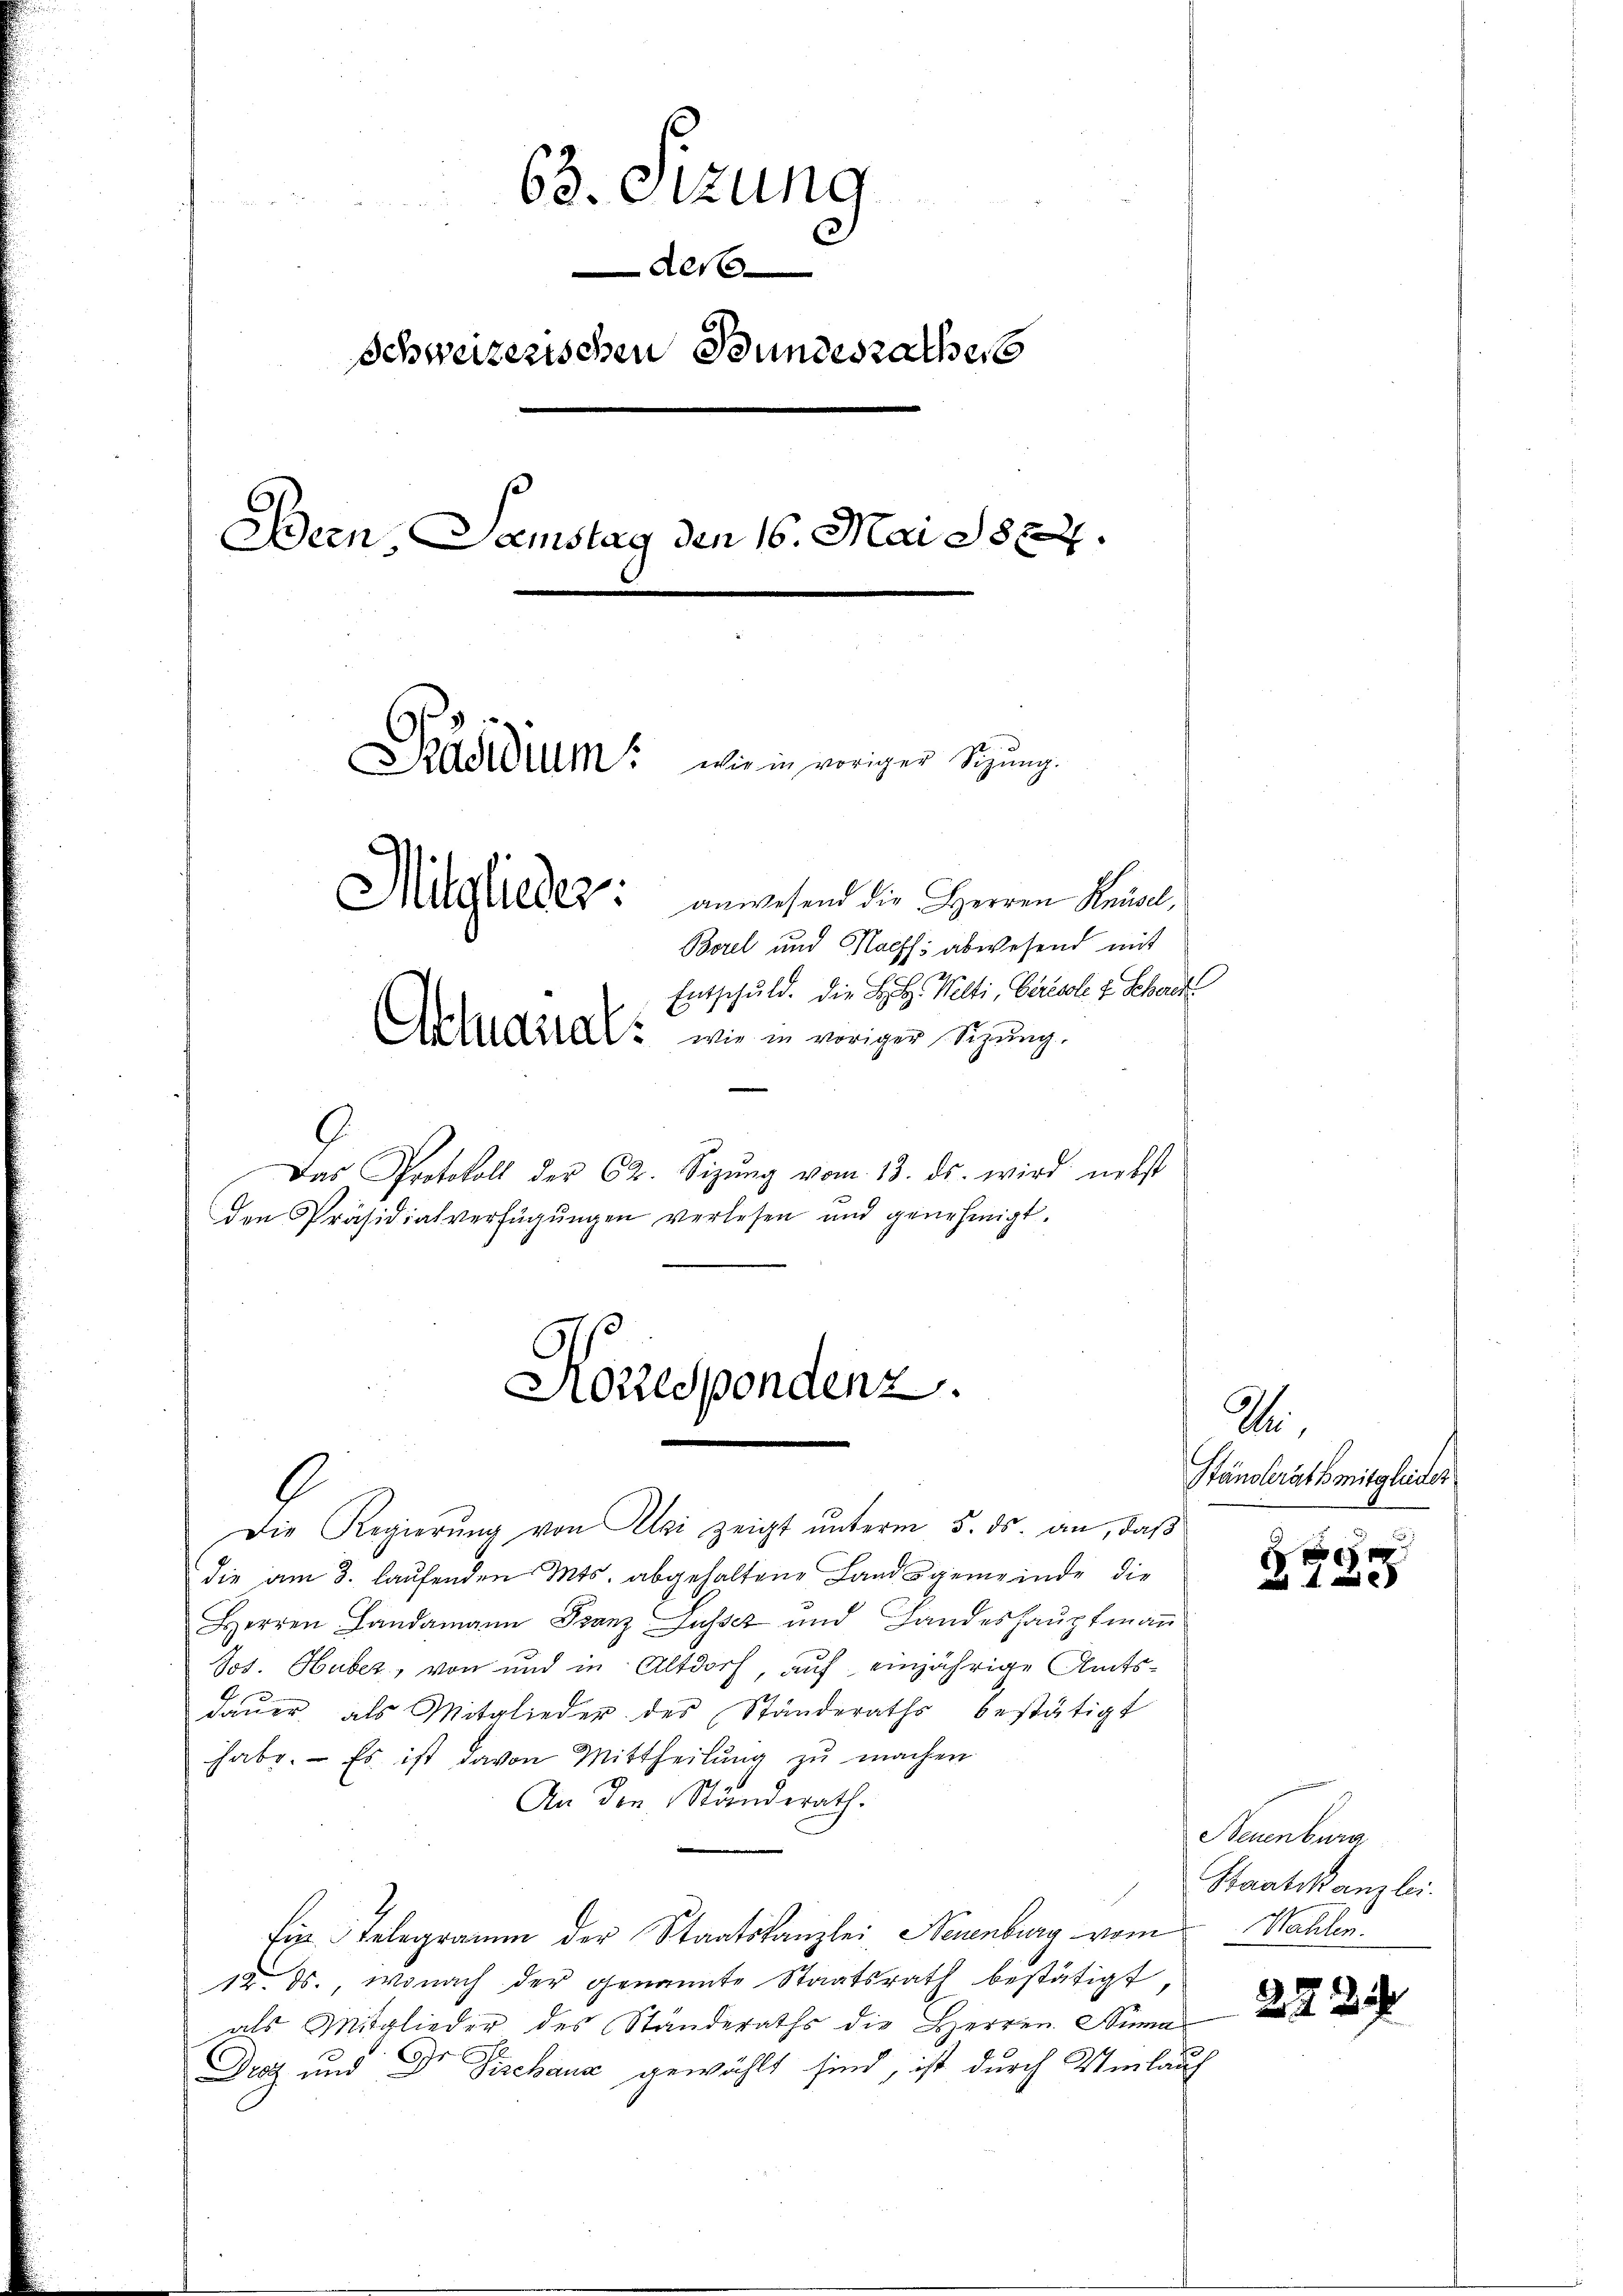
63. Sizung
der
schweizerischen Bundesrathes
Bern, Samstag den 16. Mai 1827.
Päsidium wie in voriger Sigung.
Mitglieder: anwesend die Herren Kandel¬
Borel und Kaeffs abwesend mit
Entschuld. Die B. H. Welti, Gerisole u. Schad
Akanal, wie in voriger Sitzung,
Das Protokoll der 62. Sizŭng vom 13. ds. wird nebst
den Präsidialverfügŭngen verlesen und genehmigt.

Korrespondenz.

Die Regierung von Uri zeigt unterm 5. ds. an, daß
die am 3. laufenden Mts. abgehaltene Landsgemeinde die
Herren Landammann Franz Gusset und Landeshauptmann
Jos. Huber, von und in Altdorf auf einjährige Amtsdaŭer als Mitglieder des Standeraths bestätigt
habe. Es ist davon Mittheilŭng zŭ machen
An den Ständerath.
Ein Telegramm der Staatskanzlei Neuenburg vom
12. ds., wonach der genannte Staatsrath bestätigt,
als Mitglieder des Ständeraths die Herren Huma
Diot und Dr Fischaus gewählt sind, ist durch Umlauf

A
Ständerath mitglieder

Neuenburg
Staatskanzlei.
Wahlen.

2234